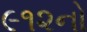
૯૧૨નો